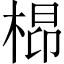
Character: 㭿